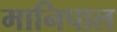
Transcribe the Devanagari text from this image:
मानिपाल